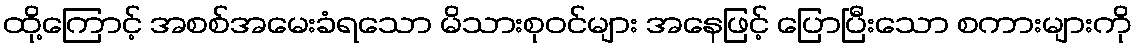
ထို့ကြောင့် အစစ်အမေးခံရသော မိသားစုဝင်များ အနေဖြင့် ပြောပြီးသော စကားများကို